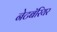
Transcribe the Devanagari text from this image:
नेटबॅरियर